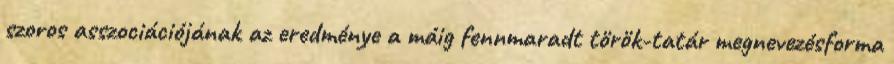
szoros asszociációjának az eredménye a máig fennmaradt török-tatár megnevezésforma